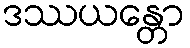
ဒဿယန္တော